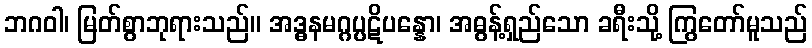
ဘဂဝါ၊ မြတ်စွာဘုရားသည်။ အဒ္ဓနမဂ္ဂပ္ပဋိပန္နော၊ အဓွန့်ရှည်သော ခရီးသို့ ကြွတော်မူသည်